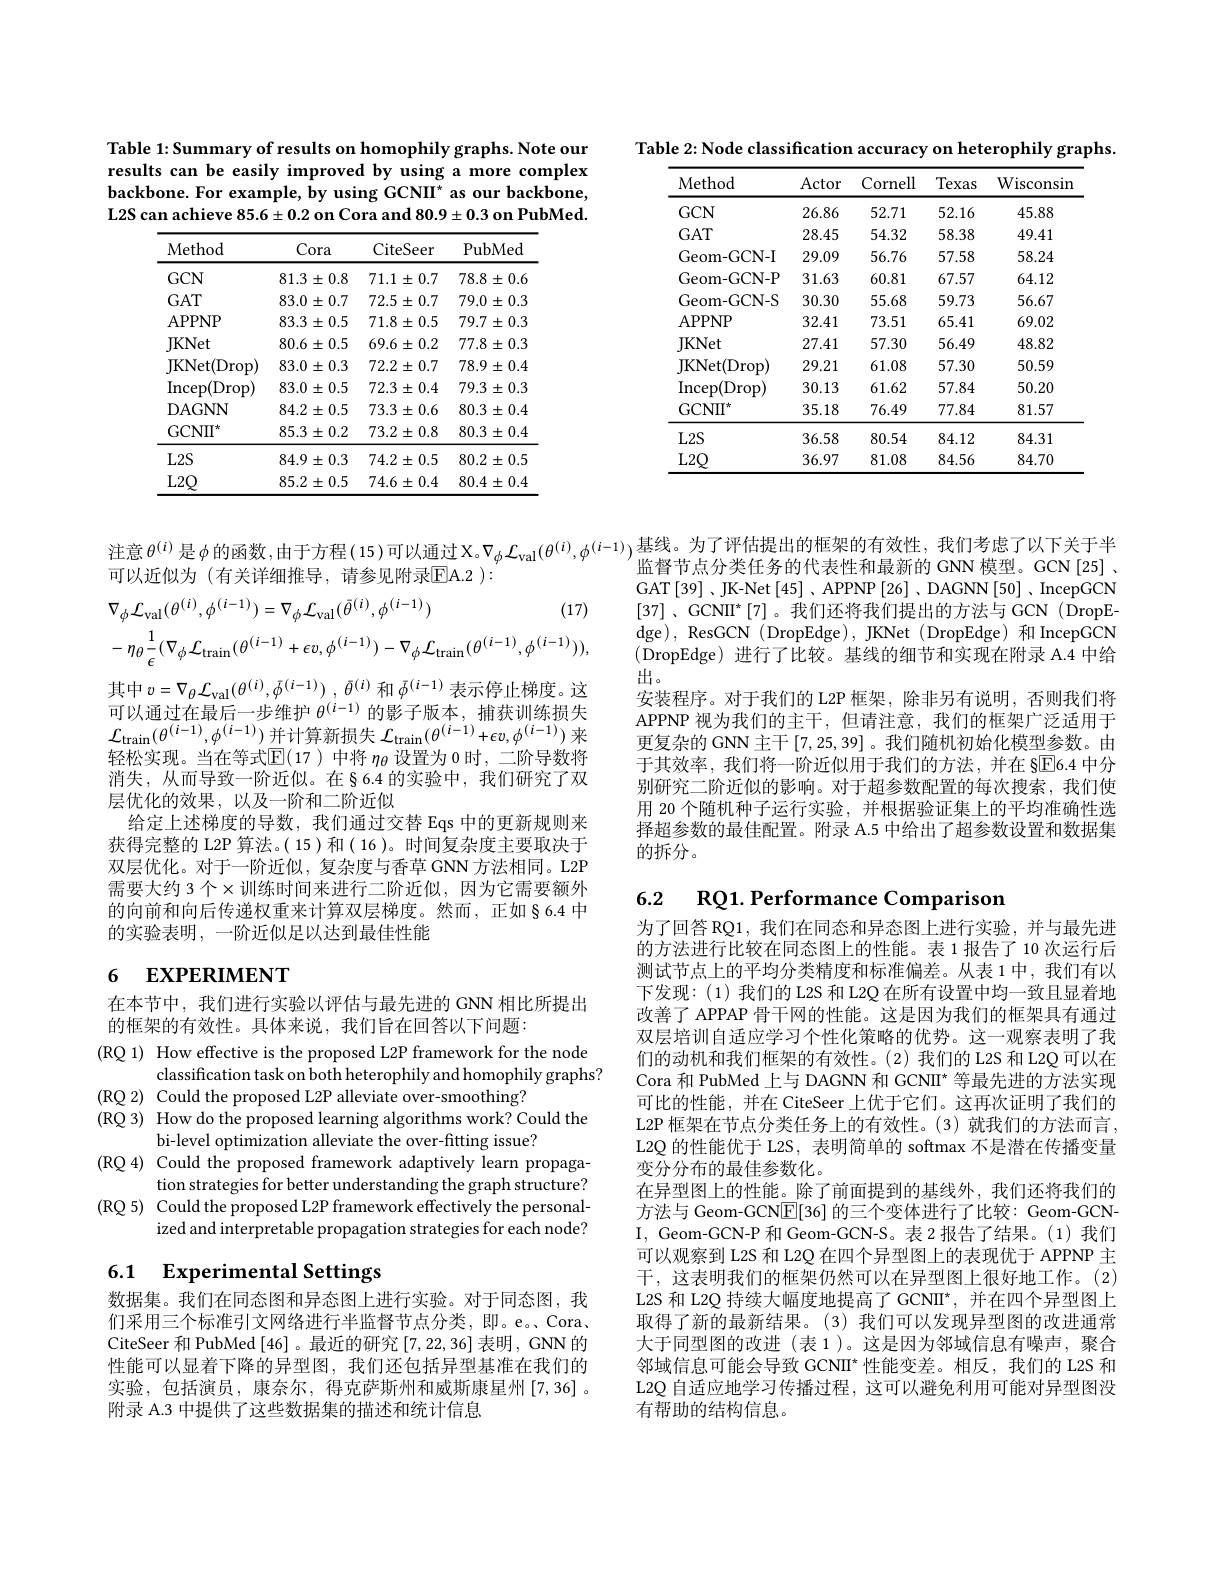
Table 2: Node classification accuracy on heterophily graphs.
<table>
	<tbody>
		<tr>
			<th>Method</th>
			<th>Actor</th>
			<th>Cornell</th>
			<th>Texas</th>
			<th>Wisconsin</th>
		</tr>
		<tr>
			<td>$GCN$</td>
			<td>26.86</td>
			<td>52.71</td>
			<td>52.16</td>
			<td>45.88</td>
		</tr>
		<tr>
			<td>$GAT$</td>
			<td>28.45</td>
			<td>54.32</td>
			<td>58.38</td>
			<td>49.41</td>
		</tr>
		<tr>
			<td>Geom-GCN-I</td>
			<td>29.09</td>
			<td>56.76</td>
			<td>57.58</td>
			<td>58.24</td>
		</tr>
		<tr>
			<td>Geom-GCN-P</td>
			<td>31.63</td>
			<td>60.81</td>
			<td>67.57</td>
			<td>64.12</td>
		</tr>
		<tr>
			<td>Geom-GCN-S</td>
			<td>30.30</td>
			<td>55.68</td>
			<td>59.73</td>
			<td>56.67</td>
		</tr>
		<tr>
			<td>APPNP</td>
			<td>32.41</td>
			<td>73.51</td>
			<td>65.41</td>
			<td>69.02</td>
		</tr>
		<tr>
			<td>JKNet</td>
			<td>27.41</td>
			<td>57.30</td>
			<td>56.49</td>
			<td>48.82</td>
		</tr>
		<tr>
			<td>JKNet( Drop) </td>
			<td>29.21</td>
			<td>61.08</td>
			<td>57.30</td>
			<td>50.59</td>
		</tr>
		<tr>
			<td>$\operatorname{Incep}(\operatorname{Drop})$</td>
			<td>30.13</td>
			<td>61.62</td>
			<td>57.84</td>
			<td>50.20</td>
		</tr>
		<tr>
			<td>GCNIT</td>
			<td>35.18</td>
			<td>76.49</td>
			<td>77.84</td>
			<td>81.57</td>
		</tr>
		<tr>
			<td>$L2S$</td>
			<td>36.58</td>
			<td>80.54</td>
			<td>84.12</td>
			<td>84.31</td>
		</tr>
		<tr>
			<td>$L2Q$</td>
			<td>36.97</td>
			<td>81.08</td>
			<td>84.56</td>
			<td>84.70</td>
		</tr>
	</tbody>
</table>

Table 1: Summary of results on homophily graphs. Note our results can be easily improved by using a more complex backbone. For example, by using GCNII* as our backbone, L2S can achieve $85.6\pm0.2$ on Cora and $80.9\pm0.3$ on PubMed.

<table>
	<tbody>
		<tr>
			<th>Method</th>
			<th>Cora</th>
			<th>CiteSeer</th>
			<th>PubMed</th>
		</tr>
		<tr>
			<td>$GCN$</td>
			<td>$81.3\pm0.8$</td>
			<td>$71.1\pm0.7$</td>
			<td>$78.8\pm0.6$</td>
		</tr>
		<tr>
			<td>$GAT$</td>
			<td>$83.0\pm0.7$</td>
			<td>$72.5\pm0.7$</td>
			<td>79.0 $\pm0.3$</td>
		</tr>
		<tr>
			<td>APPNP</td>
			<td>$83.3\pm0.5$</td>
			<td>$71.8\pm0.5$</td>
			<td>$79.7\pm0.3$</td>
		</tr>
		<tr>
			<td>JKNet</td>
			<td>$80.6\pm0.5$</td>
			<td>$69.6\pm0.2$</td>
			<td>$77.8\pm0.3$</td>
		</tr>
		<tr>
			<td>JKNet( Drop) </td>
			<td>$83.0\pm0.3$</td>
			<td>$72.2\pm0.7$</td>
			<td>$78.9\pm0.4$</td>
		</tr>
		<tr>
			<td>$\operatorname{Incep}(\operatorname{Drop})$</td>
			<td>$83.0\pm0.5$</td>
			<td>$72.3\pm0.4$</td>
			<td>$79.3\pm0.3$</td>
		</tr>
		<tr>
			<td>DAGNN</td>
			<td>$84.2\pm0.5$</td>
			<td>$73.3\pm0.6$</td>
			<td>$80.3\pm0.4$</td>
		</tr>
		<tr>
			<td>GCN$\Pi ^{\star }$</td>
			<td>$85.3\pm0.2$</td>
			<td>$73.2\pm0.8$</td>
			<td>$80.3\pm0.4$</td>
		</tr>
		<tr>
			<td>$L2S$</td>
			<td>$84.9\pm0.3$</td>
			<td>$74.2\pm0.5$</td>
			<td>$80.2\pm0.5$</td>
		</tr>
		<tr>
			<td>$L2Q$</td>
			<td>$85.2\pm0.5$</td>
			<td>$74.6\pm0.4$</td>
			<td>$80.4\pm0.4$</td>
		</tr>
	</tbody>
</table>

注意$\theta^{(i)}$是$\phi$的函数，由于方程(15)可以通过X。$\nabla _\phi \mathcal{L} _\mathrm{val}( \theta ^{( i) }, \phi ^{( i- 1) }) _\text{监 督 节 占 分 类 任 务 的 代 表 性 和 最 新 的 GNN 横 型 }$GCN[ 25]
可以近似为 (有关详细推导，请参见附录$\overline{\mathrm{E}}$A.2 ):
$$\nabla_{\phi}\mathcal{L}_{\mathrm{val}}(\theta^{(i)},\phi^{(i-1)})=\nabla_{\phi}\mathcal{L}_{\mathrm{val}}(\bar{\theta}^{(i)},\phi^{(i-1)})\text{(17)}\\-\eta_{\theta}\frac{1}{\epsilon}(\nabla_{\phi}\mathcal{L}_{\mathrm{train}}(\theta^{(i-1)}+\epsilon v,\phi^{(i-1)})-\nabla_{\phi}\mathcal{L}_{\mathrm{train}}(\theta^{(i-1)},\phi^{(i-1)})),$$
其中$v= \nabla _\theta \mathcal{L} _\mathrm{val}( \theta ^{( i) }, \bar{\phi } ^{( i- 1) })$ , $\bar{\theta } ^{( i) }$和$\bar{\phi}^{(i-1)}$表示停止梯度。这可以通过在最后一步维护$\theta^(i-1)$的影子版本，捕获训练损失$\mathcal{L}_{\tan}(\theta^{(i-1)},\phi^{(i-1)})$并计算新损失$\mathcal{L}_{\tan}(\theta^{(i-1)}+\epsilon v,\phi^{(i-1)})$来轻松实现。当在等式$\mathbb{E}($17 )中将 $\eta_\mathrm{\theta}$ 设置为 0 时，二阶导数将消失，从而导致一阶近似。在§6.4 的实验中，我们研究了双层优化的效果，以及一阶和二阶近似
给定上述梯度的导数，我们通过交替 Eqs 中的更新规则来获得完整的 L2P 算法。( 15 )和( 16 )。时间复杂度主要取决于双层优化。对于一阶近似，复杂度与香草 GNN 方法相同。L2P 需要大约 3 个$\times$训练时间来进行二阶近似，因为它需要额外的向前和向后传递权重来计算双层梯度。然而，正如§6.4 中的实验表明，一阶近似足以达到最佳性能

6.2 RQ1. Performance Comparisor

# 6 EXPERIMENT

在本节中，我们进行实验以评估与最先进的 GNN 相比所提出
的框架的有效性。具体来说，我们旨在回答以下问题：
(RQ 1) How effective is the proposed L2P framework for the node
classification task on both heterophily and homophily graphs?
(RQ 2) Could the proposed L2P alleviate over-smoothing?
(RQ 3) How do the proposed learning algorithms work? Could the
bi-level optimization alleviate the over-fitting issue?
(RQ 4) Could the proposed framework adaptively learn propaga-
tion strategies for better understanding the graph structure?
(RQ 5) Could the proposed L2P framework effectively the personal-
ized and interpretable propagation strategies for each node?

# 6.1 Experimental Settings

数据集。我们在同态图和异态图上进行实验。对于同态图，我们采用三个标准引文网络进行半监督节点分类，即。e。Cora、 CiteSeer 和 PubMed [46] 。最近的研究 [7,22,36] 表明，GNN 的性能可以显着下降的异型图，我们还包括异型基准在我们的实验，包括演员，康奈尔，得克萨斯州和威斯康星州[7,36]。附录 A.3 中提供了这些数据集的描述和统计信息

监督节点分类任务的代表性和最新的 GNN 模型。GCN[25] 、 GAT[39]、JK-Net[45]、APPNP[26]、DAGNN[50]、IncepGCN [37] , $\mathrm{GCNII}^{* }$ [7]。我们还将我们提出的方法与 GCN (DropE-) dge), ResGCN (DropEdge), JKNet (DropEdge) 和 IncepGCN (DropEdge)进行了比较。基线的细节和实现在附录 A.4 中给出。
安装程序。对于我们的 L2P 框架，除非另有说明，否则我们将APPNP 视为我们的主干，但请注意，我们的框架广泛适用于更复杂的 GNN 主干[7,25,39]。我们随机初始化模型参数。由于其效率，我们将一阶近似用于我们的方法，并在 §$\overline{\mathrm{E}}$6.4 中分别研究二阶近似的影响。对于超参数配置的每次搜索，我们使用 20 个随机种子运行实验，并根据验证集上的平均准确性选择超参数的最佳配置。附录 A.5 中给出了超参数设置和数据集的拆分。

为了回答 RQ1, 我们在同态和异态图上进行实验，并与最先进的方法进行比较在同态图上的性能。表 1 报告了 10 次运行后测试节点上的平均分类精度和标准偏差。从表 1中，我们有以下发现：(1)我们的 L2S 和 L2Q 在所有设置中均一致且显着地改善了 APPAP 骨干网的性能。这是因为我们的框架具有通过双层培训自适应学习个性化策略的优势。这一观察表明了我们的动机和我们框架的有效性。(2)我们的 L2S 和 L2Q 可以在Cora 和 PubMed 上与 DAGNN 和 GCNII* 等最先进的方法实现可比的性能，并在 CiteSeer 上优于它们。这再次证明了我们的L2P 框架在节点分类任务上的有效性。(3)就我们的方法而言， L2Q 的性能优于 L2S, 表明简单的 softmax 不是潜在传播变量变分分布的最佳参数化。
在异型图上的性能。除了前面提到的基线外，我们还将我们的方法与 Geom-GCN$\underline{\mathrm{E}}[36]$的三个变体进行了比较：Geom-GCNI, Geom-GCN-P 和 Geom-GCN-S。表 2 报告了结果。(1)我们可以观察到 L2S 和 L2Q 在四个异型图上的表现优于 APPNP 主干，这表明我们的框架仍然可以在异型图上很好地工作。(2) L2S 和 L2Q 持续大幅度地提高了 GCNII*,并在四个异型图上取得了新的最新结果。(3)我们可以发现异型图的改进通常大于同型图的改进(表 1)。这是因为邻域信息有噪声，聚合邻域信息可能会导致 GCNII$^*$性能变差。相反，我们的 L2S 和L2Q 自适应地学习传播过程，这可以避免利用可能对异型图没有帮助的结构信息。